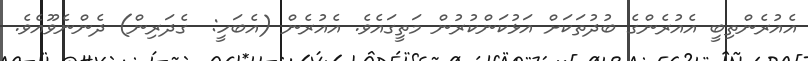
އެއުރެންތިބީ އެއުރެންގެ ބުދުތަކަށް އަޅުކަންކުރުން މަތީގައެވެ. އެއުރެން (އެބަހީ:  ގެދަރިން) ދެންނެވޫއެވެ.